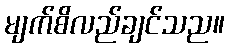
မျက်စိလည်ချင်သည။